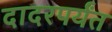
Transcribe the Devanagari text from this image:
दादरपर्यंत